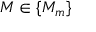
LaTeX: M \in \{ M _ { m } \}